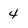
Character: 4